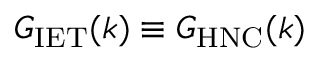
G _ { \mathrm { I E T } } ( \boldsymbol { k } ) \equiv { G } _ { \mathrm { H N C } } ( \boldsymbol { k } )